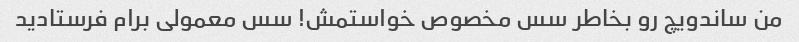
من ساندویچ رو بخاطر سس مخصوص خواستمش! سس معمولی برام فرستادید